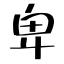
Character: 卑